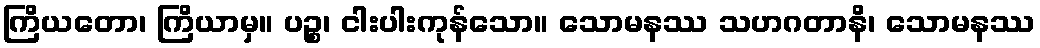
ကြိယတော၊ ကြိယာမှ။ ပဉ္စ၊ ငါးပါးကုန်သော။ သောမနဿ သဟဂတာနိ၊ သောမနဿ